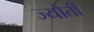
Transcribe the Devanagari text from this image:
ज्‍योती